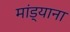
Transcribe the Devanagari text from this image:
मांड्याना